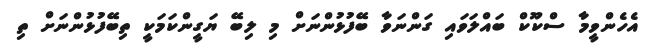
އެހެންވީމާ ސްކޫކް ބައްލަވައި ގަންނަވާ ބޭފުޅުންނަށް މި ލިބޭ ޔަގީންކަމަކީ ތިބޭފުޅުންނަށް ތި